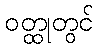
ဝတ္ထုတွင်